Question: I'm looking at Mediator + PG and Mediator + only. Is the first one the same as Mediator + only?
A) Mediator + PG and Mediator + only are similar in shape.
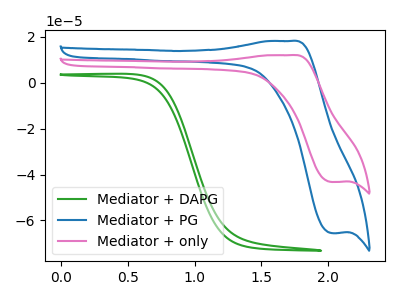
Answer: <think>The green curve "Mediator + DAPG" has no peaks. The blue curve "Mediator + PG" has an anodic peak at (1.70V, 18.15uA) and a cathodic peak at (2.00V, -65.50uA). The pink curve "Mediator + only" has an anodic peak at (1.70V, 12.00uA) and a cathodic peak at (2.00V, -43.25uA).
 All the peaks in "Mediator + PG" have a peak in "Mediator + only" at the same potential. Every peak in "Mediator + PG" is higher than every peak in "Mediator + only".</think>
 <answer>A) "Mediator + PG" and "Mediator + only" are similar in shape.</answer>
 <eval>A</eval>